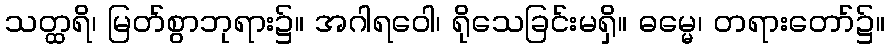
သတ္ထရိ၊ မြတ်စွာဘုရား၌။ အဂါရဝေါ၊ ရိုသေခြင်းမရှိ။ ဓမ္မေ၊ တရားတော်၌။